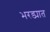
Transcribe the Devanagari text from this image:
भरड्यात